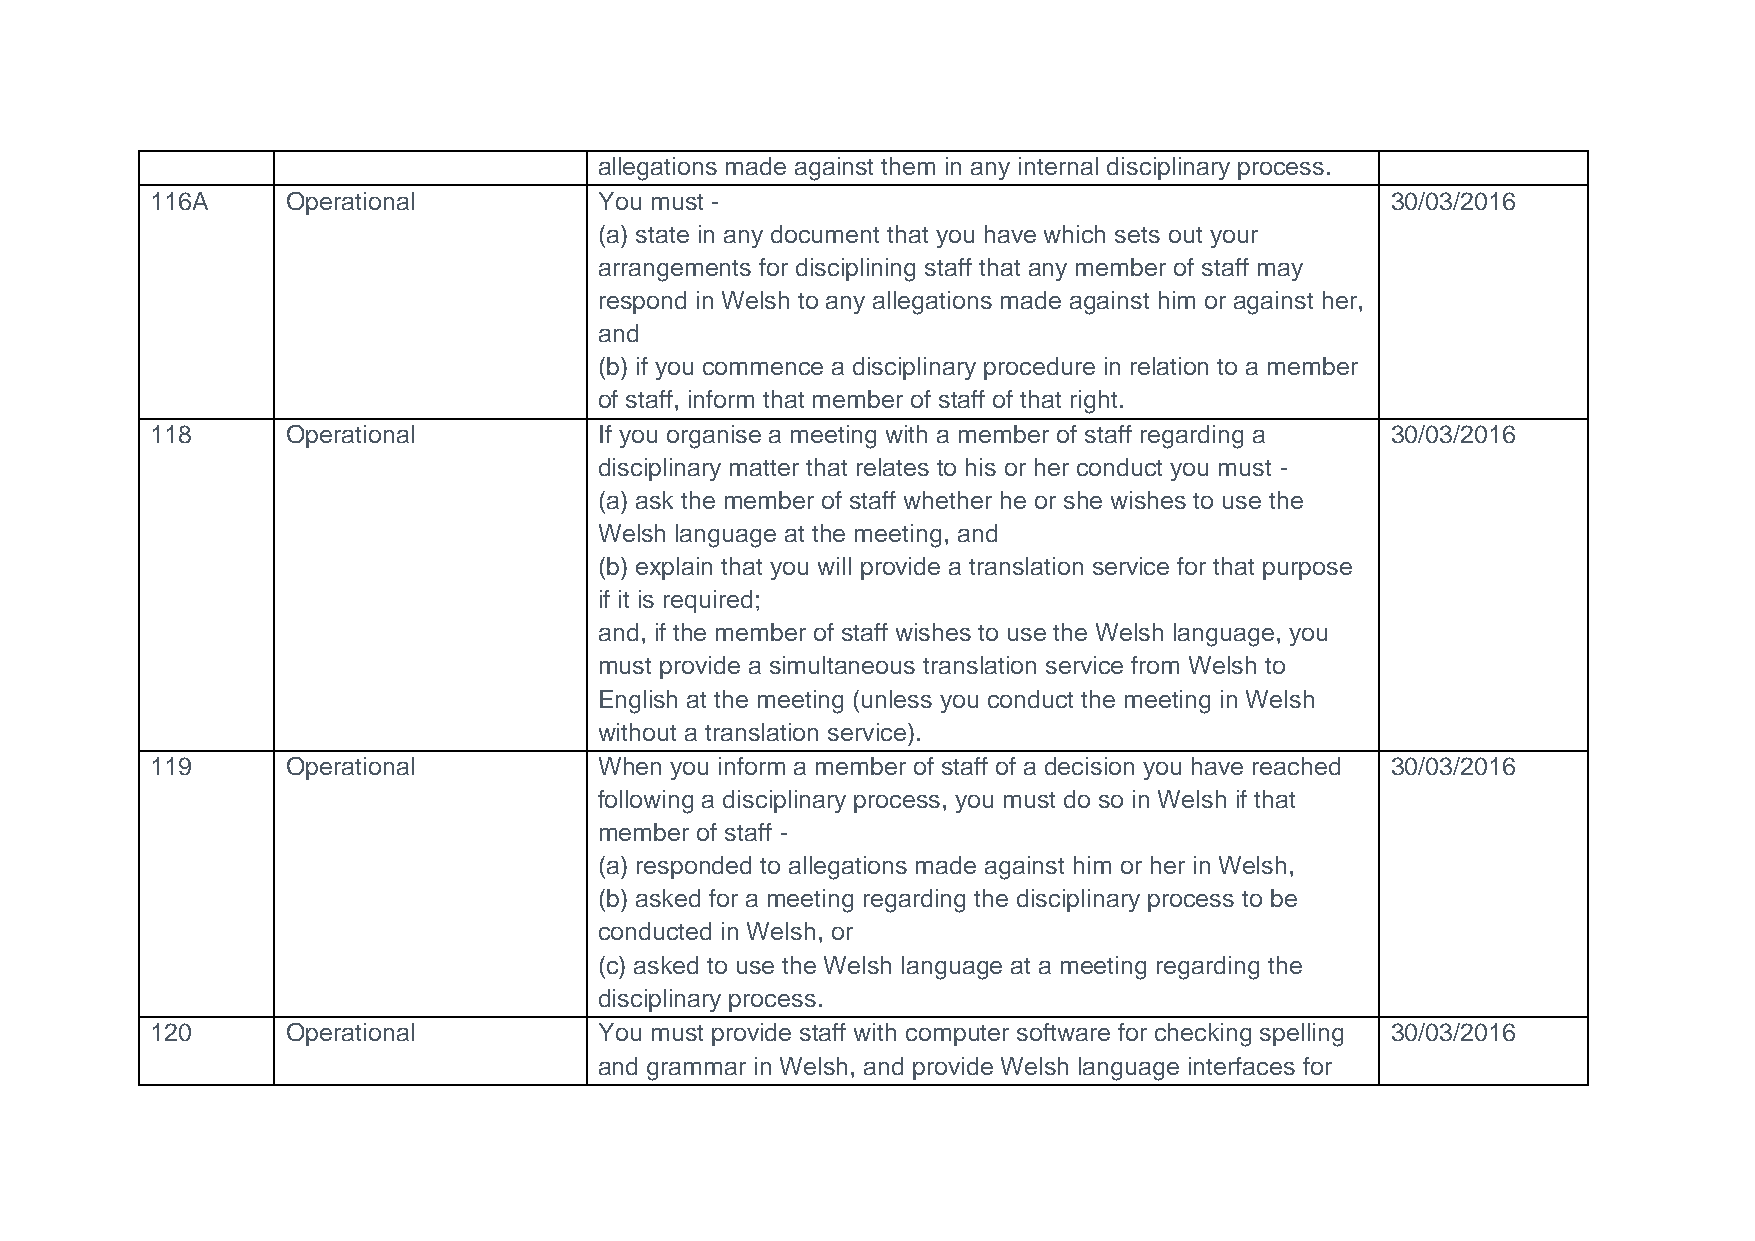
allegations made against them in any internal disciplinary process.
 116A     Operational          You must -                                          30/03/2016
 (a) state in any document that you have which sets out your
 arrangements for disciplining staff that any member of staff may
 respond in Welsh to any allegations made against him or against her,
 and
 (b) if you commence a disciplinary procedure in relation to a member
 of staff, inform that member of staff of that right.
 118      Operational          If you organise a meeting with a member of staff regarding a 30/03/2016
 disciplinary matter that relates to his or her conduct you must -
 (a) ask the member of staff whether he or she wishes to use the
 Welsh language at the meeting, and
 (b) explain that you will provide a translation service for that purpose
 if it is required;
 and, if the member of staff wishes to use the Welsh language, you
 must provide a simultaneous translation service from Welsh to
 English at the meeting (unless you conduct the meeting in Welsh
 without a translation service).
 119      Operational          When you inform a member of staff of a decision you have reached 30/03/2016
 following a disciplinary process, you must do so in Welsh if that
 member of staff -
 (a) responded to allegations made against him or her in Welsh,
 (b) asked for a meeting regarding the disciplinary process to be
 conducted in Welsh, or
 (c) asked to use the Welsh language at a meeting regarding the
 disciplinary process.
 120      Operational          You must provide staff with computer software for checking spelling 30/03/2016
 and grammar in Welsh, and provide Welsh language interfaces for